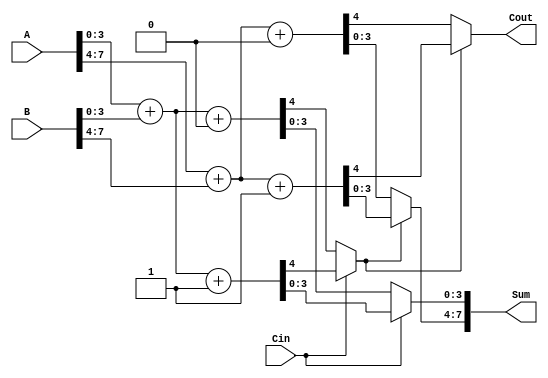
module ConditionalCarrySelectAdder (
    input [7:0] A,       // First operand
    input [7:0] B,       // Second operand
    input Cin,           // Carry-in
    output [7:0] Sum,    // Sum output
    output Cout          // Carry-out
);
    
    // Internal wires for partial sums and carries
    wire [3:0] Sum0_0, Sum0_1, Carry0_0, Carry0_1;
    wire [3:0] Sum1_0, Sum1_1, Carry1_0, Carry1_1;
    wire C0, C1; // Carry outputs for segments

    // First 4-bit segment
    // Calculate partial sums and carries for segment 0
    assign {Carry0_0, Sum0_0} = A[3:0] + B[3:0] + 1'b0; // C_in = 0
    assign {Carry0_1, Sum0_1} = A[3:0] + B[3:0] + 1'b1; // C_in = 1

    // Second 4-bit segment
    // Calculate partial sums and carries for segment 1
    assign {Carry1_0, Sum1_0} = A[7:4] + B[7:4] + 1'b0; // C_in = 0
    assign {Carry1_1, Sum1_1} = A[7:4] + B[7:4] + 1'b1; // C_in = 1

    // MUX for Sum and Carry of Segment 0
    assign C0 = Cin ? Carry0_1 : Carry0_0; // Select carry based on Cin
    assign Sum[3:0] = Cin ? Sum0_1 : Sum0_0; // Select sum based on Cin

    // MUX for Sum and Carry of Segment 1
    assign C1 = C0 ? Carry1_1 : Carry1_0; // Select carry based on C0
    assign Sum[7:4] = C0 ? Sum1_1 : Sum1_0; // Select sum based on C0

    // Final Carry-out
    assign Cout = C1;

endmodule